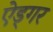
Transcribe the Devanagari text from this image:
ऐड्गर